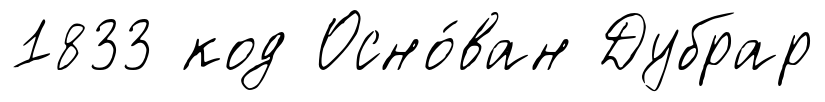
1833 код Осно́ван Дубрар